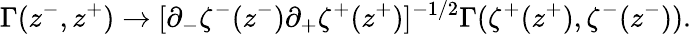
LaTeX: \Gamma(z^{-},z^{+})\to[\partial_{-}\zeta^{-}(z^{-})\partial_{+}\zeta^{+}(z^{+})]^{-1/2}\Gamma(\zeta^{+}(z^{+}),\zeta^{-}(z^{-})).